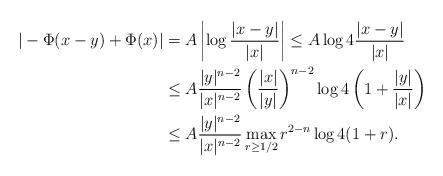
LaTeX: \begin{align*} |-\Phi(x-y)+\Phi(x)| &= A\left|\log \frac{|x-y|}{|x|}\right|\le A \log 4 \frac{|x-y|}{|x|}\\&\le A \frac{|y|^{n-2}}{|x|^{n-2}} \left(\frac{|x|}{|y|}\right)^{n-2} \log 4\left(1 + \frac{|y|}{|x|}\right)\\&\le A \frac{|y|^{n-2}}{|x|^{n-2}} \max_{r\ge 1/2} r^{2-n} \log 4(1+r).\end{align*}